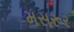
મસરૂર